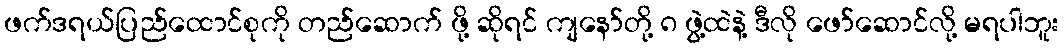
ဖက်ဒရယ်ပြည်ထောင်စုကို တည်ဆောက် ဖို့ ဆိုရင် ကျနော်တို့ ၈ ဖွဲ့ထဲနဲ့ ဒီလို ဖော်ဆောင်လို့ မရပါဘူး